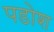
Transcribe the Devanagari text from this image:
पडोश